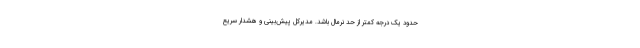
حدود یک درجه کمتر از حد نرمال باشد. مدیرکل پیش‌بینی و هشدار سریع